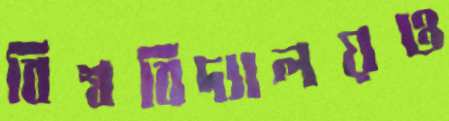
বিশ্ববিদ্যালয়ও